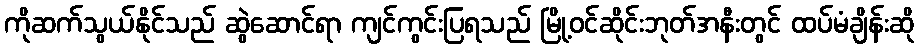
ကိုဆက်သွယ်နိုင်သည် ဆွဲဆောင်ရာ ကျင်ကွင်းပြရသည် မြို့ဝင်ဆိုင်းဘုတ်အနီးတွင် ထပ်မံချိန်းဆို